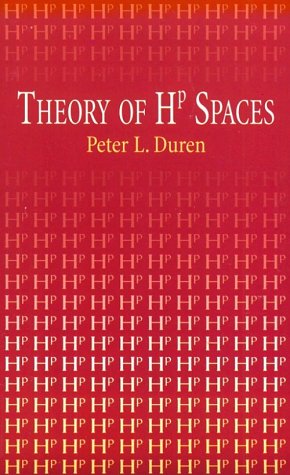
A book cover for Theory of Hp Spaces; Peter L. Duren; Science & Math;